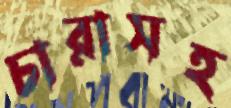
চারাসহ